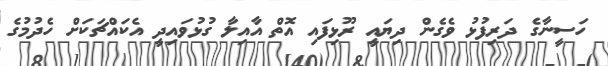
ހަސީނާގެ ދަރިފުޅު ވެގެން ދިޔައީ ރޫޅިފައި އޮތް އާއިލާ ގުޅުވައިދީ އެކައްޗަކަށް ހެދުމުގެ